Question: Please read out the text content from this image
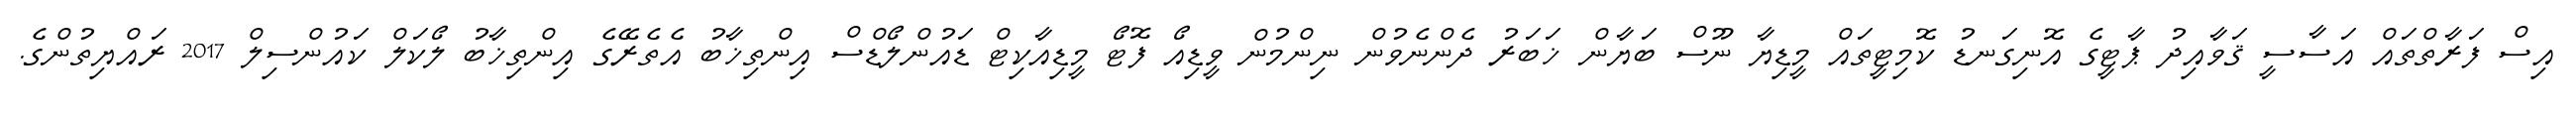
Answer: އިސް ފަރާތްތައް އަސާސީ ޤަވާއިދު ޕާޓީގެ އޮނިގަނޑު ކޮމިޓީތައް މީޑިޔާ ނޫސް ބަޔާން ޚަބަރު ދެންނެވުން ނިންމުން ވީޑިއޯ ފޮޓޯ މީޑިއާކިޓް ޑައުންލޯޑްސް އިންތިޚާބު އެތެރޭގެ އިންތިޚާބު ލޯކަލް ކައުންސިލް 2017 ރައްޔިތުންގެ.